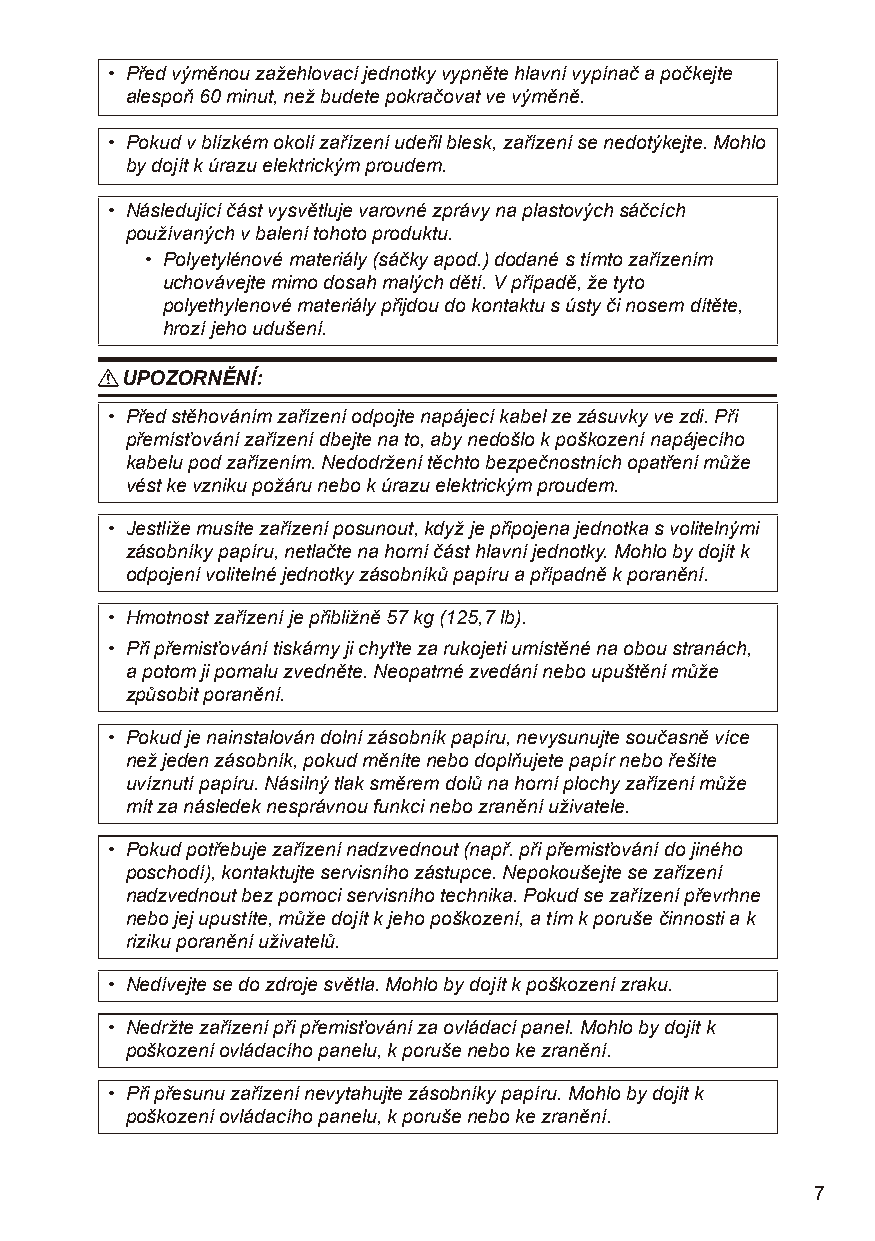
• Před výměnou zažehlovací jednotky vypněte hlavní vypínač a počkejte
 alespoň 60 minut, než budete pokračovat ve výměně.
 • Pokud v blízkém okolí zařízení udeřil blesk, zařízení se nedotýkejte. Mohlo
 by dojít k úrazu elektrickým proudem.
 • Následující část vysvětluje varovné zprávy na plastových sáčcích
 používaných v balení tohoto produktu.
 • Polyetylénové materiály (sáčky apod.) dodané s tímto zařízením
 uchovávejte mimo dosah malých dětí. V případě, že tyto
 polyethylenové materiály přijdou do kontaktu s ústy či nosem dítěte,
 hrozí jeho udušení.
 R UPOZORNĚNÍ:
 • Před stěhováním zařízení odpojte napájecí kabel ze zásuvky ve zdi. Při
 přemísťování zařízení dbejte na to, aby nedošlo k poškození napájecího
 kabelu pod zařízením. Nedodržení těchto bezpečnostních opatření může
 vést ke vzniku požáru nebo k úrazu elektrickým proudem.
 • Jestliže musíte zařízení posunout, když je připojena jednotka s volitelnými
 zásobníky papíru, netlačte na horní část hlavní jednotky. Mohlo by dojít k
 odpojení volitelné jednotky zásobníků papíru a případně k poranění.
 • Hmotnost zařízení je přibližně 57 kg (125,7 lb).
 • Při přemisťování tiskárny ji chyťte za rukojeti umístěné na obou stranách,
 a potom ji pomalu zvedněte. Neopatrné zvedání nebo upuštění může
 způsobit poranění.
 • Pokud je nainstalován dolní zásobník papíru, nevysunujte současně více
 než jeden zásobník, pokud měníte nebo doplňujete papír nebo řešíte
 uvíznutí papíru. Násilný tlak směrem dolů na horní plochy zařízení může
 mít za následek nesprávnou funkci nebo zranění uživatele.
 • Pokud potřebuje zařízení nadzvednout (např. při přemisťování do jiného
 poschodí), kontaktujte servisního zástupce. Nepokoušejte se zařízení
 nadzvednout bez pomoci servisního technika. Pokud se zařízení převrhne
 nebo jej upustíte, může dojít k jeho poškození, a tím k poruše činnosti a k
 riziku poranění uživatelů.
 • Nedívejte se do zdroje světla. Mohlo by dojít k poškození zraku.
 • Nedržte zařízení při přemisťování za ovládací panel. Mohlo by dojít k
 poškození ovládacího panelu, k poruše nebo ke zranění.
 • Při přesunu zařízení nevytahujte zásobníky papíru. Mohlo by dojít k
 poškození ovládacího panelu, k poruše nebo ke zranění.
 7